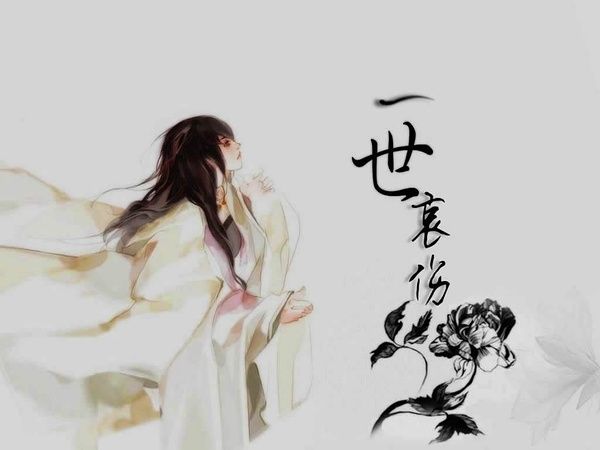
待把酒送君，恰又清明后。